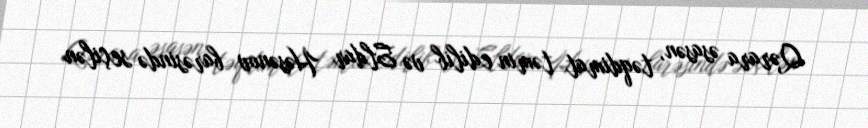
Qərara əsasən, təqdimat təmin edilib və Eldar Həsənov barəsində seçilən